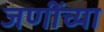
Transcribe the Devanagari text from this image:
जणींच्या